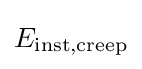
E_{\text{inst,creep}}